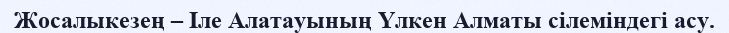
Жосалыкезең – Іле Алатауының Үлкен Алматы сілеміндегі асу.